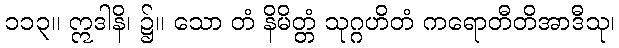
၁၁၃။ ဣဒါနိ၊ ၌။ သော တံ နိမိတ္တံ သုဂ္ဂဟိတံ ကရောတီတိအာဒီသု၊